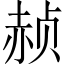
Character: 赪